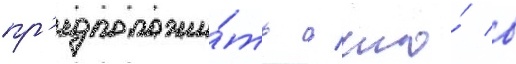
пр'едположи́ть / что́ в